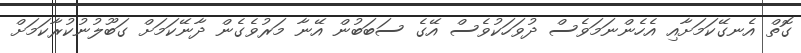
ގޮތް އެނގޭކަމަށާއި އެހެންނަމަވެސް ދުވަހަކުވެސް އޭގެ ސަބަބުން އޭނާ މަރުވެގެން ދާނޭކަމަށް ގަބޫލުނުކުރާކަމަށް